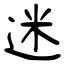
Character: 迷